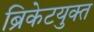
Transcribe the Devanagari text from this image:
ब्रिकेटयुक्त